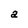
Character: a